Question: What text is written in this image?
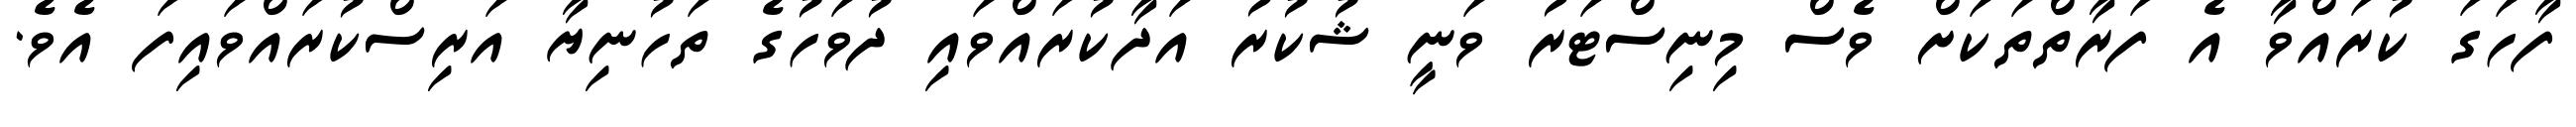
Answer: ފާހަގަ ކުރައްވާ އެ ފަރާތްތަކަށް ވެސް މިނިސްޓަރު ވަނީ ޝުކުރު އަދާކުރައްވައި ދުވަހުގެ ތަހުނިޔާ އަރިސްކުރައްވައިފަ އެވެ.